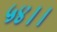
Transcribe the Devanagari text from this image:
५४।।